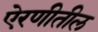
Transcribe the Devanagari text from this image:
ऐरणीतील